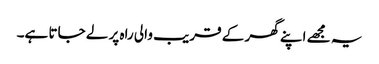
یہ مجھے اپنے گھر کے قریب والی راہ پر لے جاتا ہے۔